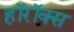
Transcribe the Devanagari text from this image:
हॉरॉक्स